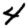
Digit: 4